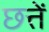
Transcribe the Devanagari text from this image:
छत्तें